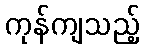
ကုန်ကျသည့်